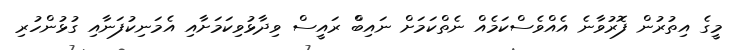
މީގެ އިތުރުން ފޮރުވާނެ އެއްވެސްކަމެއް ނެތްކަމަށް ނައިބްް ރައީސް ވިދާޅުވިކަމަށާއި އެމަނިކުފަނާއި ގުޅުންހުރި